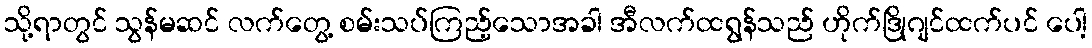
သို့ရာတွင် သွန်မဆင် လက်တွေ့ စမ်းသပ်ကြည့်သောအခါ အီလက်ထရွန်သည် ဟိုက်ဒြိုဂျင်ထက်ပင် ပေါ့